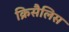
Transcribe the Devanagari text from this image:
क्रिसैलिस